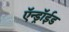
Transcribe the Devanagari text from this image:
ऍन्ड्रॉईड